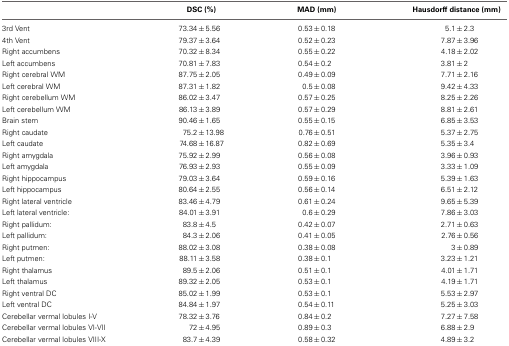
<table><thead><tr><td></td><td><b>DSC (%)</b></td><td><b>MAD (mm)</b></td><td><b>Hausdorff distance (mm)</b></td></tr></thead><tbody><tr><td>3rd Vent</td><td>73.34±5.56</td><td>0.53±0.18</td><td>5.1±2.3</td></tr><tr><td>4th Vent</td><td>79.37±3.64</td><td>0.52±0.23</td><td>7.87±3.96</td></tr><tr><td>Right accumbens</td><td>70.32±8.34</td><td>0.55±0.22</td><td>4.18±2.02</td></tr><tr><td>Left accumbens</td><td>70.81±7.83</td><td>0.54±0.2</td><td>3.81±2</td></tr><tr><td>Right cerebral WM</td><td>87.75±2.05</td><td>0.49±0.09</td><td>7.71±2.16</td></tr><tr><td>Left cerebral WM</td><td>87.31±1.82</td><td>0.5±0.08</td><td>9.42±4.33</td></tr><tr><td>Right cerebellum WM</td><td>86.02±3.47</td><td>0.57±0.25</td><td>8.25±2.26</td></tr><tr><td>Left cerebellum WM</td><td>86.13±3.89</td><td>0.57±0.29</td><td>8.81±2.61</td></tr><tr><td>Brain stem</td><td>90.46±1.65</td><td>0.55±0.15</td><td>6.85±3.53</td></tr><tr><td>Right caudate</td><td>75.2±13.98</td><td>0.76±0.51</td><td>5.37±2.75</td></tr><tr><td>Left caudate</td><td>74.68±16.87</td><td>0.82±0.69</td><td>5.35±3.4</td></tr><tr><td>Right amygdala</td><td>75.92±2.99</td><td>0.56±0.08</td><td>3.96±0.93</td></tr><tr><td>Left amygdala</td><td>76.93±2.93</td><td>0.55±0.09</td><td>3.33±1.09</td></tr><tr><td>Right hippocampus</td><td>79.03±3.64</td><td>0.59±0.16</td><td>5.39±1.63</td></tr><tr><td>Left hippocampus</td><td>80.64±2.55</td><td>0.56±0.14</td><td>6.51±2.12</td></tr><tr><td>Right lateral ventricle</td><td>83.46±4.79</td><td>0.61±0.24</td><td>9.65±5.39</td></tr><tr><td>Left lateral ventricle:</td><td>84.01±3.91</td><td>0.6±0.29</td><td>7.86±3.03</td></tr><tr><td>Right pallidum:</td><td>83.8±4.5</td><td>0.42±0.07</td><td>2.71±0.63</td></tr><tr><td>Left pallidum:</td><td>84.3±2.06</td><td>0.41±0.05</td><td>2.76±0.56</td></tr><tr><td>Right putmen:</td><td>88.02±3.08</td><td>0.38±0.08</td><td>3±0.89</td></tr><tr><td>Left putmen:</td><td>88.11±3.58</td><td>0.38±0.1</td><td>3.23±1.21</td></tr><tr><td>Right thalamus</td><td>89.5±2.06</td><td>0.51±0.1</td><td>4.01±1.71</td></tr><tr><td>Left thalamus</td><td>89.32±2.05</td><td>0.53±0.1</td><td>4.19±1.71</td></tr><tr><td>Right ventral DC</td><td>85.02±1.99</td><td>0.53±0.1</td><td>5.53±2.97</td></tr><tr><td>Left ventral DC</td><td>84.84±1.97</td><td>0.54±0.11</td><td>5.25±3.03</td></tr><tr><td>Cerebellar vermal lobules I-V</td><td>78.32±3.76</td><td>0.84±0.2</td><td>7.27±7.58</td></tr><tr><td>Cerebellar vermal lobules VI-VII</td><td>72±4.95</td><td>0.89±0.3</td><td>6.88±2.9</td></tr><tr><td>Cerebellar vermal lobules VIII-X</td><td>83.7±4.39</td><td>0.58±0.32</td><td>4.89±3.2</td></tr></tbody></table>